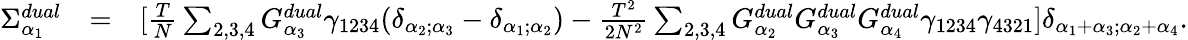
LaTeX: \begin{array}{rlr}{\Sigma_{\alpha_{1}}^{dual}}&{=}&{[\frac{T}{N}\sum_{2,3,4}G_{\alpha_{3}}^{dual}\gamma_{1234}(\delta_{\alpha_{2};\alpha_{3}}-\delta_{\alpha_{1};\alpha_{2}})-\frac{T^{2}}{2N^{2}}\sum_{2,3,4}G_{\alpha_{2}}^{dual}G_{\alpha_{3}}^{dual}G_{\alpha_{4}}^{dual}\gamma_{1234}\gamma_{4321}]\delta_{\alpha_{1}+\alpha_{3};\alpha_{2}+\alpha_{4}}.}\end{array}